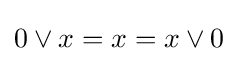
0\vee x=x=x\vee 0